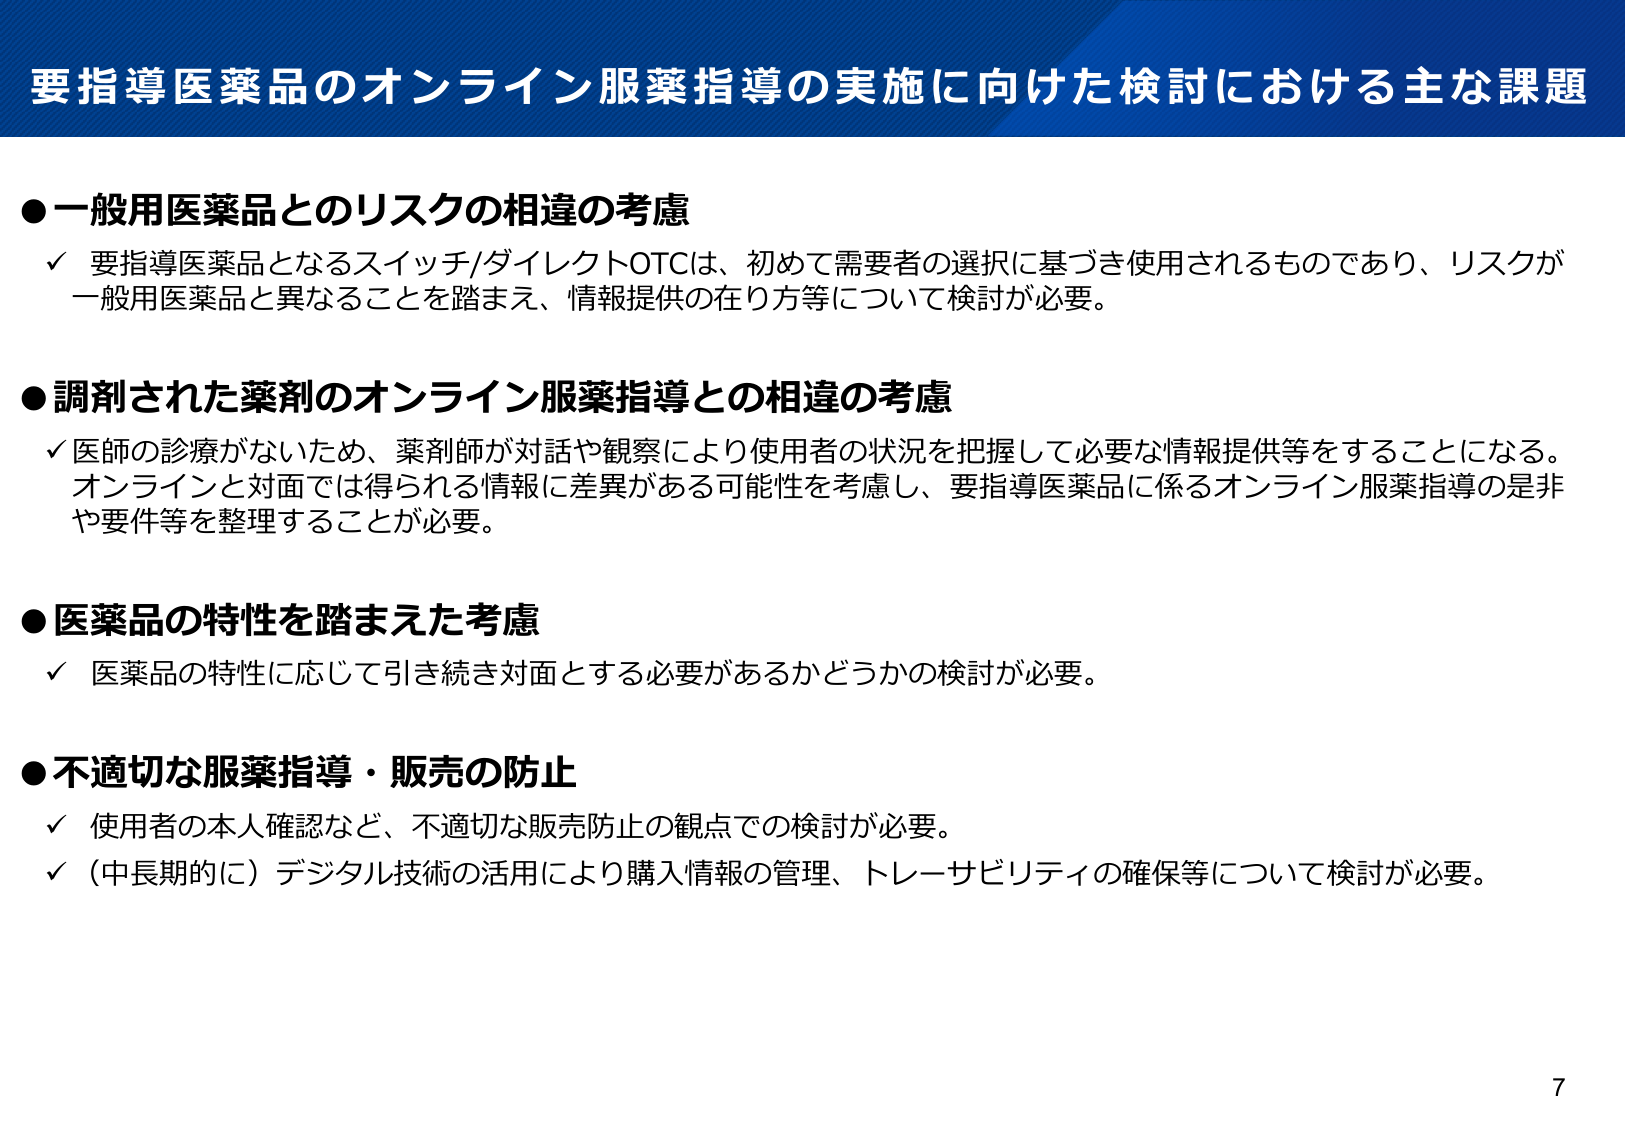
要指導医薬品のオンライン服薬指導の実施に向けた検討における主な課題

●一般用医薬品とのリスクの相違の考慮
✓ 要指導医薬品となるスイッチ/ダイレクトOTCは、初めて需要者の選択に基づき使用されるものであり、リスクが一般用医薬品と異なることを踏まえ、情報提供の在り方等について検討が必要。

●調剤された薬剤のオンライン服薬指導との相違の考慮
✓ 医師の診療がないため、薬剤師が対話や観察により使用者の状況を把握して必要な情報提供等をすることになる。オンラインと対面では得られる情報に差異がある可能性を考慮し、要指導医薬品に係るオンライン服薬指導の是非や要件等を整理することが必要。

●医薬品の特性を踏まえた考慮
✓ 医薬品の特性に応じて引き続き対面とする必要があるかどうかの検討が必要。

●不適切な服薬指導・販売の防止
✓ 使用者の本人確認など、不適切な販売防止の観点での検討が必要。
✓ （中長期的に）デジタル技術の活用により購入情報の管理、トレーサビリティの確保等について検討が必要。

7